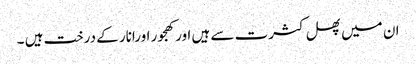
ان میں پھل کثرت سے ہیں اورکھجور اورانار کے درخت ہیں ۔